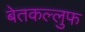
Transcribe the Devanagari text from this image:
बेतकल्लुफ